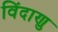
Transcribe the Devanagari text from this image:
विंदाणु